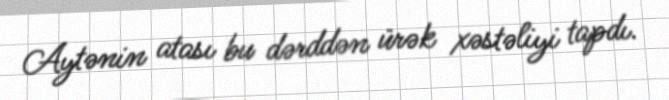
Aytənin atası bu dərddən ürək xəstəliyi tapdı.